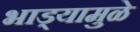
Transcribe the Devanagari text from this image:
भाड्यामुळे